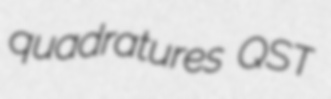
quadratures QST